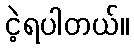
ငဲ့ရပါတယ်။